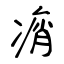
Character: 痟